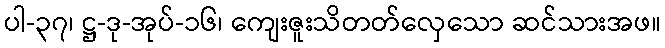
ပါ-၃၇၊ ဋ္ဌ-ဒု-အုပ်-၁၆၊ ကျေးဇူးသိတတ်လှေသော ဆင်သားအဖ။